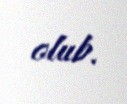
olub.